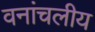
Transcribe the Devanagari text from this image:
वनांचलीय